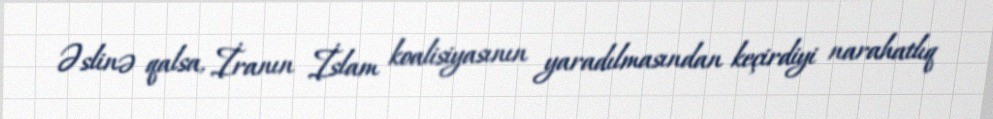
Əslinə qalsa, İranın İslam koalisiyasının yaradılmasından keçirdiyi narahatlıq